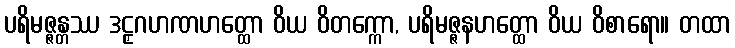
ပရိမဇ္ဇန္တဿ ဒဠှဂဟဏဟတ္ထော ဝိယ ဝိတက္ကော, ပရိမဇ္ဇနဟတ္ထော ဝိယ ဝိစာရော။ တထာ